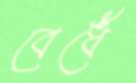
বেধেঁ